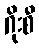
ဂိုးစီ